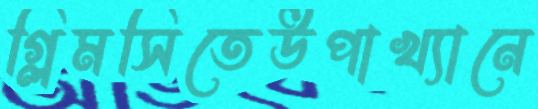
গ্লিমসিতেউপাখ্যানে